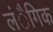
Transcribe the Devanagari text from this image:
लंैगिक